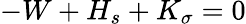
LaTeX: -W+H_{s}+K_{\sigma}=0